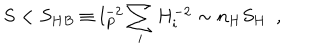
S < S _ { H B } \equiv l _ { P } ^ { - 2 } \sum _ { i } H _ { i } ^ { - 2 } \sim n _ { H } S _ { H } ~ ~ ,